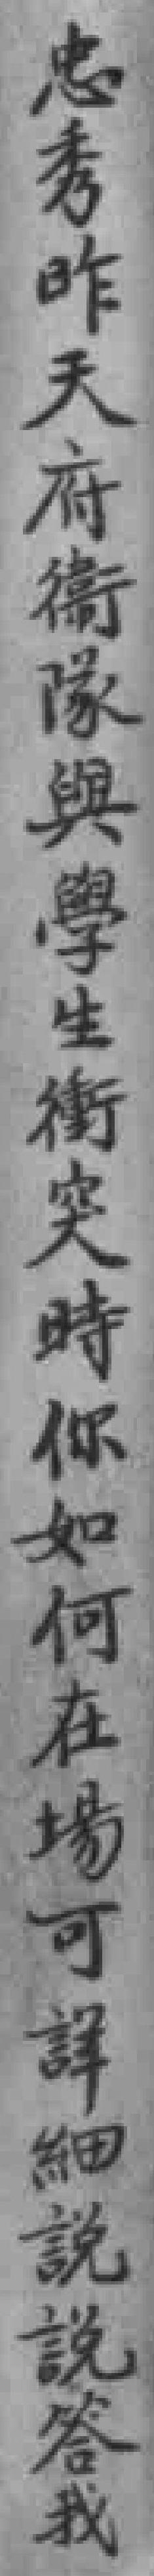
忠秀昨天府衞隊與學生衝突時你如何在場可詳細說說答我